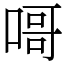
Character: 𠹭